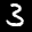
Label: 3